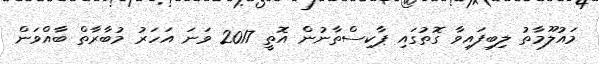
މައުލޫމާތު ލިބިފައިވާ ގޮތުގައި ޕާކިސްތާނުން އޮތީ 2017 ވަނަ އަހަރު މުބާރާތް ބާއްވަން